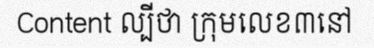
Content ល្បីថា ក្រុមលេខ៣នៅ